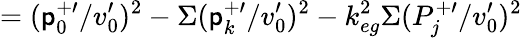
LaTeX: =(\mathsf{p}_{0}^{+\prime}/v_{0}^{\prime})^{2}-\Sigma(\mathsf{p}_{k}^{+\prime}/v_{0}^{\prime})^{2}-k_{eg}^{2}\Sigma(P_{j}^{+\prime}/v_{0}^{\prime})^{2}